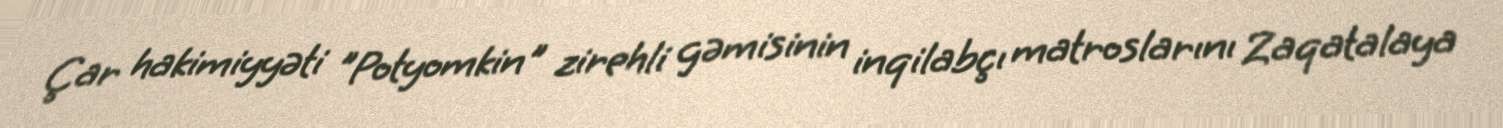
Çar hakimiyyəti "Potyomkin" zirehli gəmisinin inqilabçı matroslarını Zaqatalaya